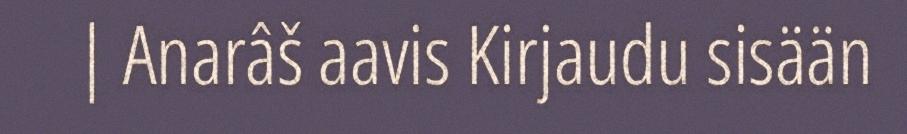
| Anarâš aavis Kirjaudu sisään